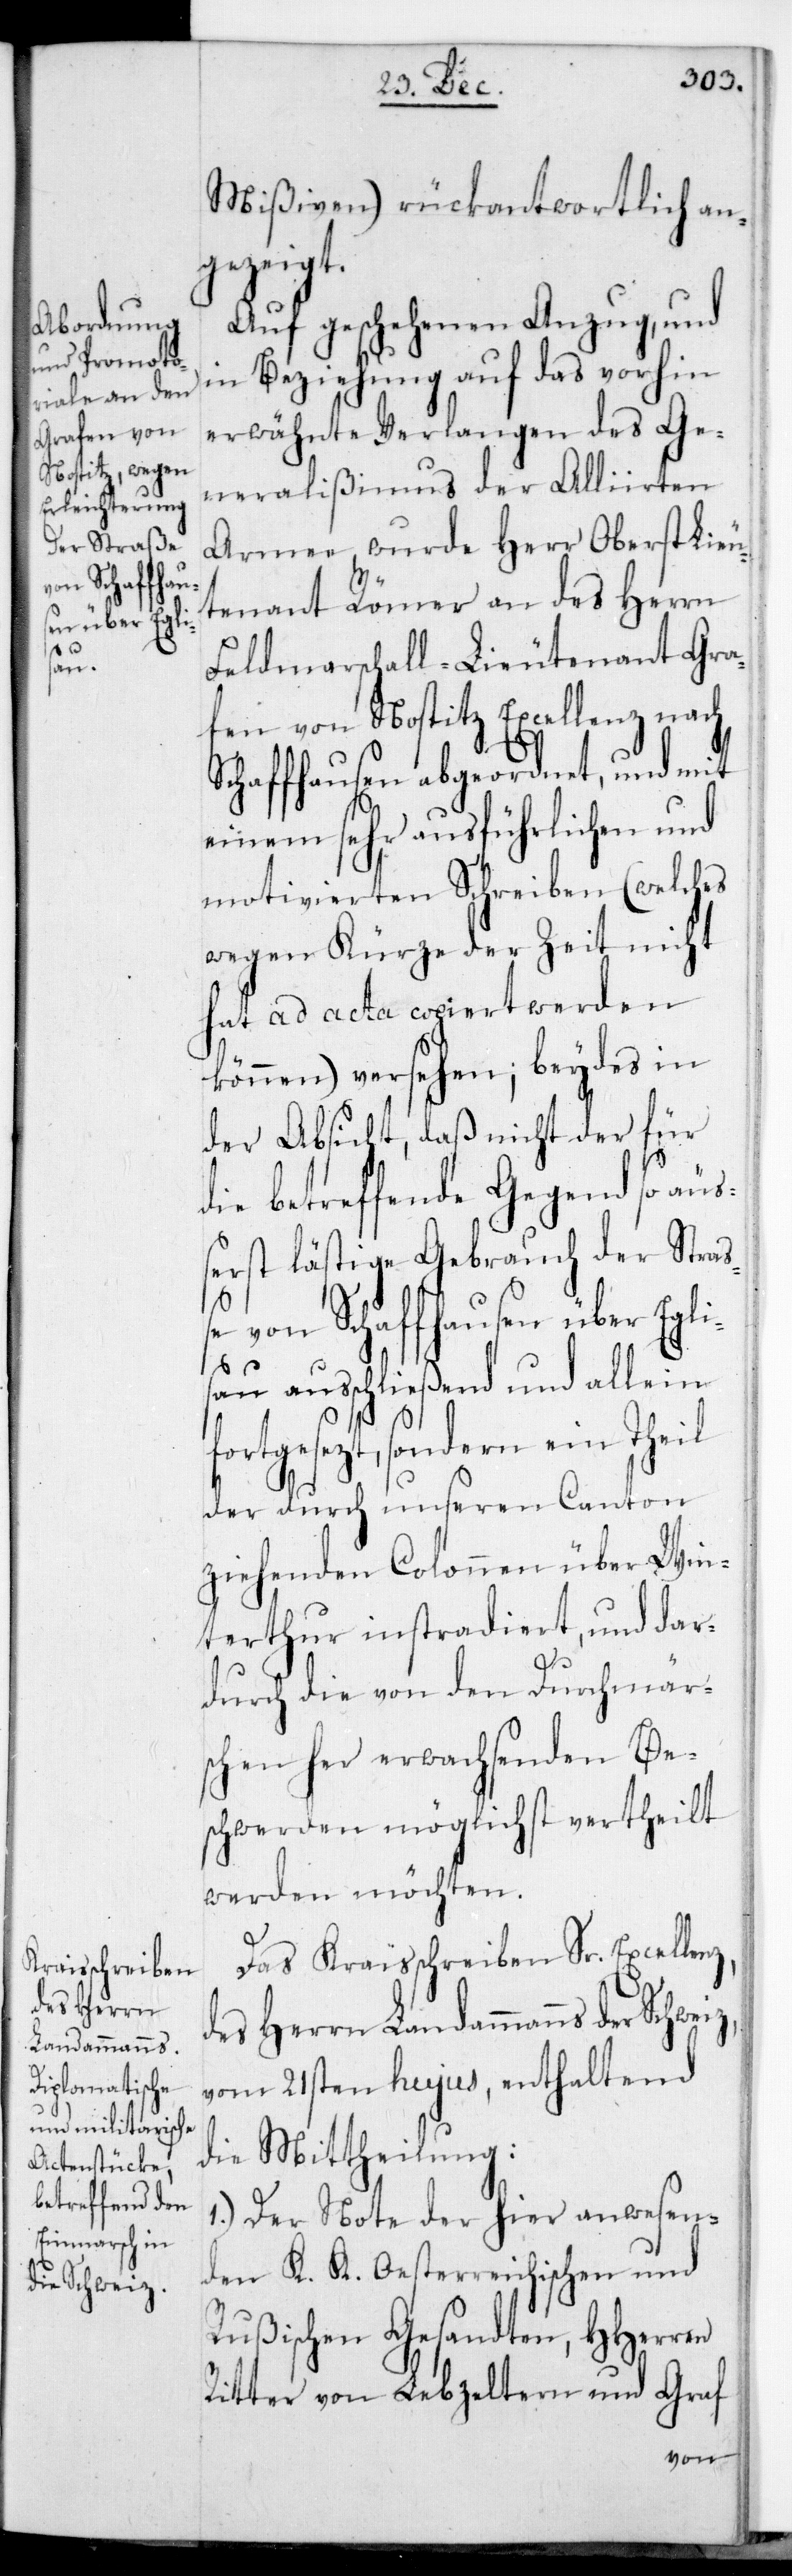
fort¬
des Herrn
Landammanns
der Schweiz

Mißiven) rückantwortlich an¬
gezeigt.
Auf geschehenen Anzug und
in Beziehung auf das vorhin
Erwähnte Verlangen des Ge¬
neralißimus der Alliirten
Armee wurde Herr Oberstlieu¬
tenant Römer an des Herrn
Feldmarschall-Lieutenant, Gra¬
fen von Nostitz Excellenz nach
Schaffhausen abgeordnet, und mit
einem sehr ausführlichen und
motivierten Schreiben (welches
wegen Kürze der Zeit nicht
hat ad acta copiert werden
können) versehen, beydes in
der Absicht, daß nicht der für
die betreffende Gegend so äu¬
ßerst lästige Gebrauch der Straße
von Schaffhausen über Egli¬
sau ausschließend und allein
gesetzt, sondern ein Theil
der durch unsern Canton
ziehenden Colonnen über Win¬
terthur instradiert, und dar¬
durch die von den Durchmär¬
schen her erwachsenden Be¬
schwerden möglichst vertheilt
werden möchten.
Das Kraisschreiben Sr. Excellenz
vom 21sten hujus, enthaltend
die Mittheilung:
1.) Der Note der hier anwesen¬
den K. K. Oesterreichischen und
Rußischen Gesandten, HHerren
Ritter von Lebzeltern und Graf